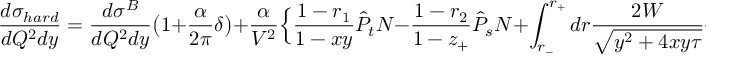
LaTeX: \frac { d \sigma _ { h a r d } } { d Q ^ { 2 } d y } = \frac { d \sigma ^ { B } } { d Q ^ { 2 } d y } \bigl ( 1 + \frac { \alpha } { 2 \pi } \delta \bigr ) + \frac { \alpha } { V ^ { 2 } } \Bigl \{ \frac { 1 - r _ { 1 } } { 1 - x y } \hat { P } _ { t } N - \frac { 1 - r _ { 2 } } { 1 - z _ { + } } \hat { P } _ { s } N + \int _ { r _ { - } } ^ { r _ { + } } d r \frac { 2 W } { \sqrt { y ^ { 2 } + 4 x y \tau } } +